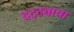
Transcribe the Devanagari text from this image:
दट्ट्याचा